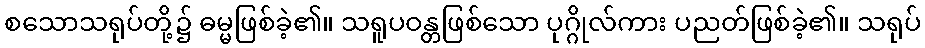
စသောသရုပ်တို့၌ ဓမ္မဖြစ်ခဲ့၏။ သရူပဝန္တဖြစ်သော ပုဂ္ဂိုလ်ကား ပညတ်ဖြစ်ခဲ့၏။ သရုပ်